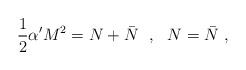
LaTeX: \begin{align*}\frac{1}{2}\alpha' M^2=N+\bar{N}\ \ ,\ \ N=\bar{N}\ ,\end{align*}